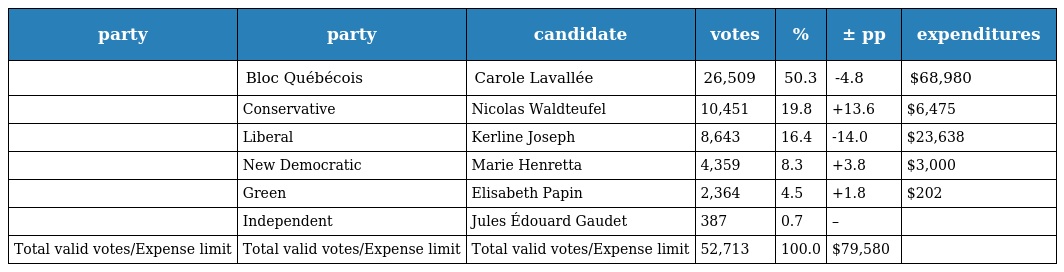
| party | party | candidate | votes | % | ± pp | expenditures |
 | --- | --- | --- | --- | --- | --- | --- |
 |  | Bloc Québécois | Carole Lavallée | 26,509 | 50.3 | -4.8 | $68,980 |
 |  | Conservative | Nicolas Waldteufel | 10,451 | 19.8 | +13.6 | $6,475 |
 |  | Liberal | Kerline Joseph | 8,643 | 16.4 | -14.0 | $23,638 |
 |  | New Democratic | Marie Henretta | 4,359 | 8.3 | +3.8 | $3,000 |
 |  | Green | Elisabeth Papin | 2,364 | 4.5 | +1.8 | $202 |
 |  | Independent | Jules Édouard Gaudet | 387 | 0.7 | – |  |
 | Total valid votes/Expense limit | Total valid votes/Expense limit | Total valid votes/Expense limit | 52,713 | 100.0 | $79,580 |  |